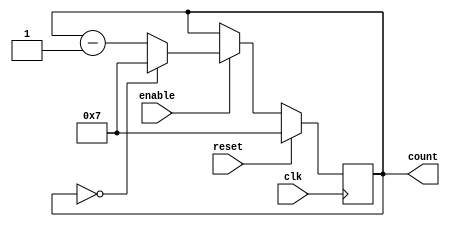
module ModuloNDownCounter (
    input wire clk,
    input wire enable,
    input wire reset,
    output reg [N-1:0] count
);

parameter N = 8; // specify the value of N

always @(posedge clk) begin
    if (reset) begin
        count <= N-1;
    end else begin
        if (enable) begin
            if (count == 0) begin
                count <= N-1;
            end else begin
                count <= count - 1;
            end
        end
    end
end

endmodule